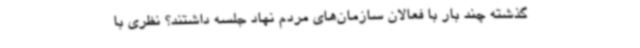
گذشته چند بار با فعالان سازمان‌های مردم نهاد جلسه داشتند؟ نظری با